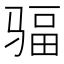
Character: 𩧿